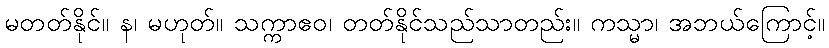
မတတ်နိုင်။ န၊ မဟုတ်။ သက္ကာဧဝ၊ တတ်နိုင်သည်သာတည်း။ ကသ္မာ၊ အဘယ်ကြောင့်။